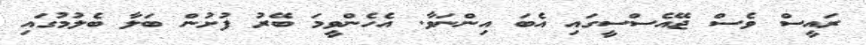
ރައީސް ވެސް ޖޭއެސްސީގައި އެބަ އިންނަވާ. އެހެންވީމަ ބޭރު ފުށުން ބަލާ ބެލުމުގައި